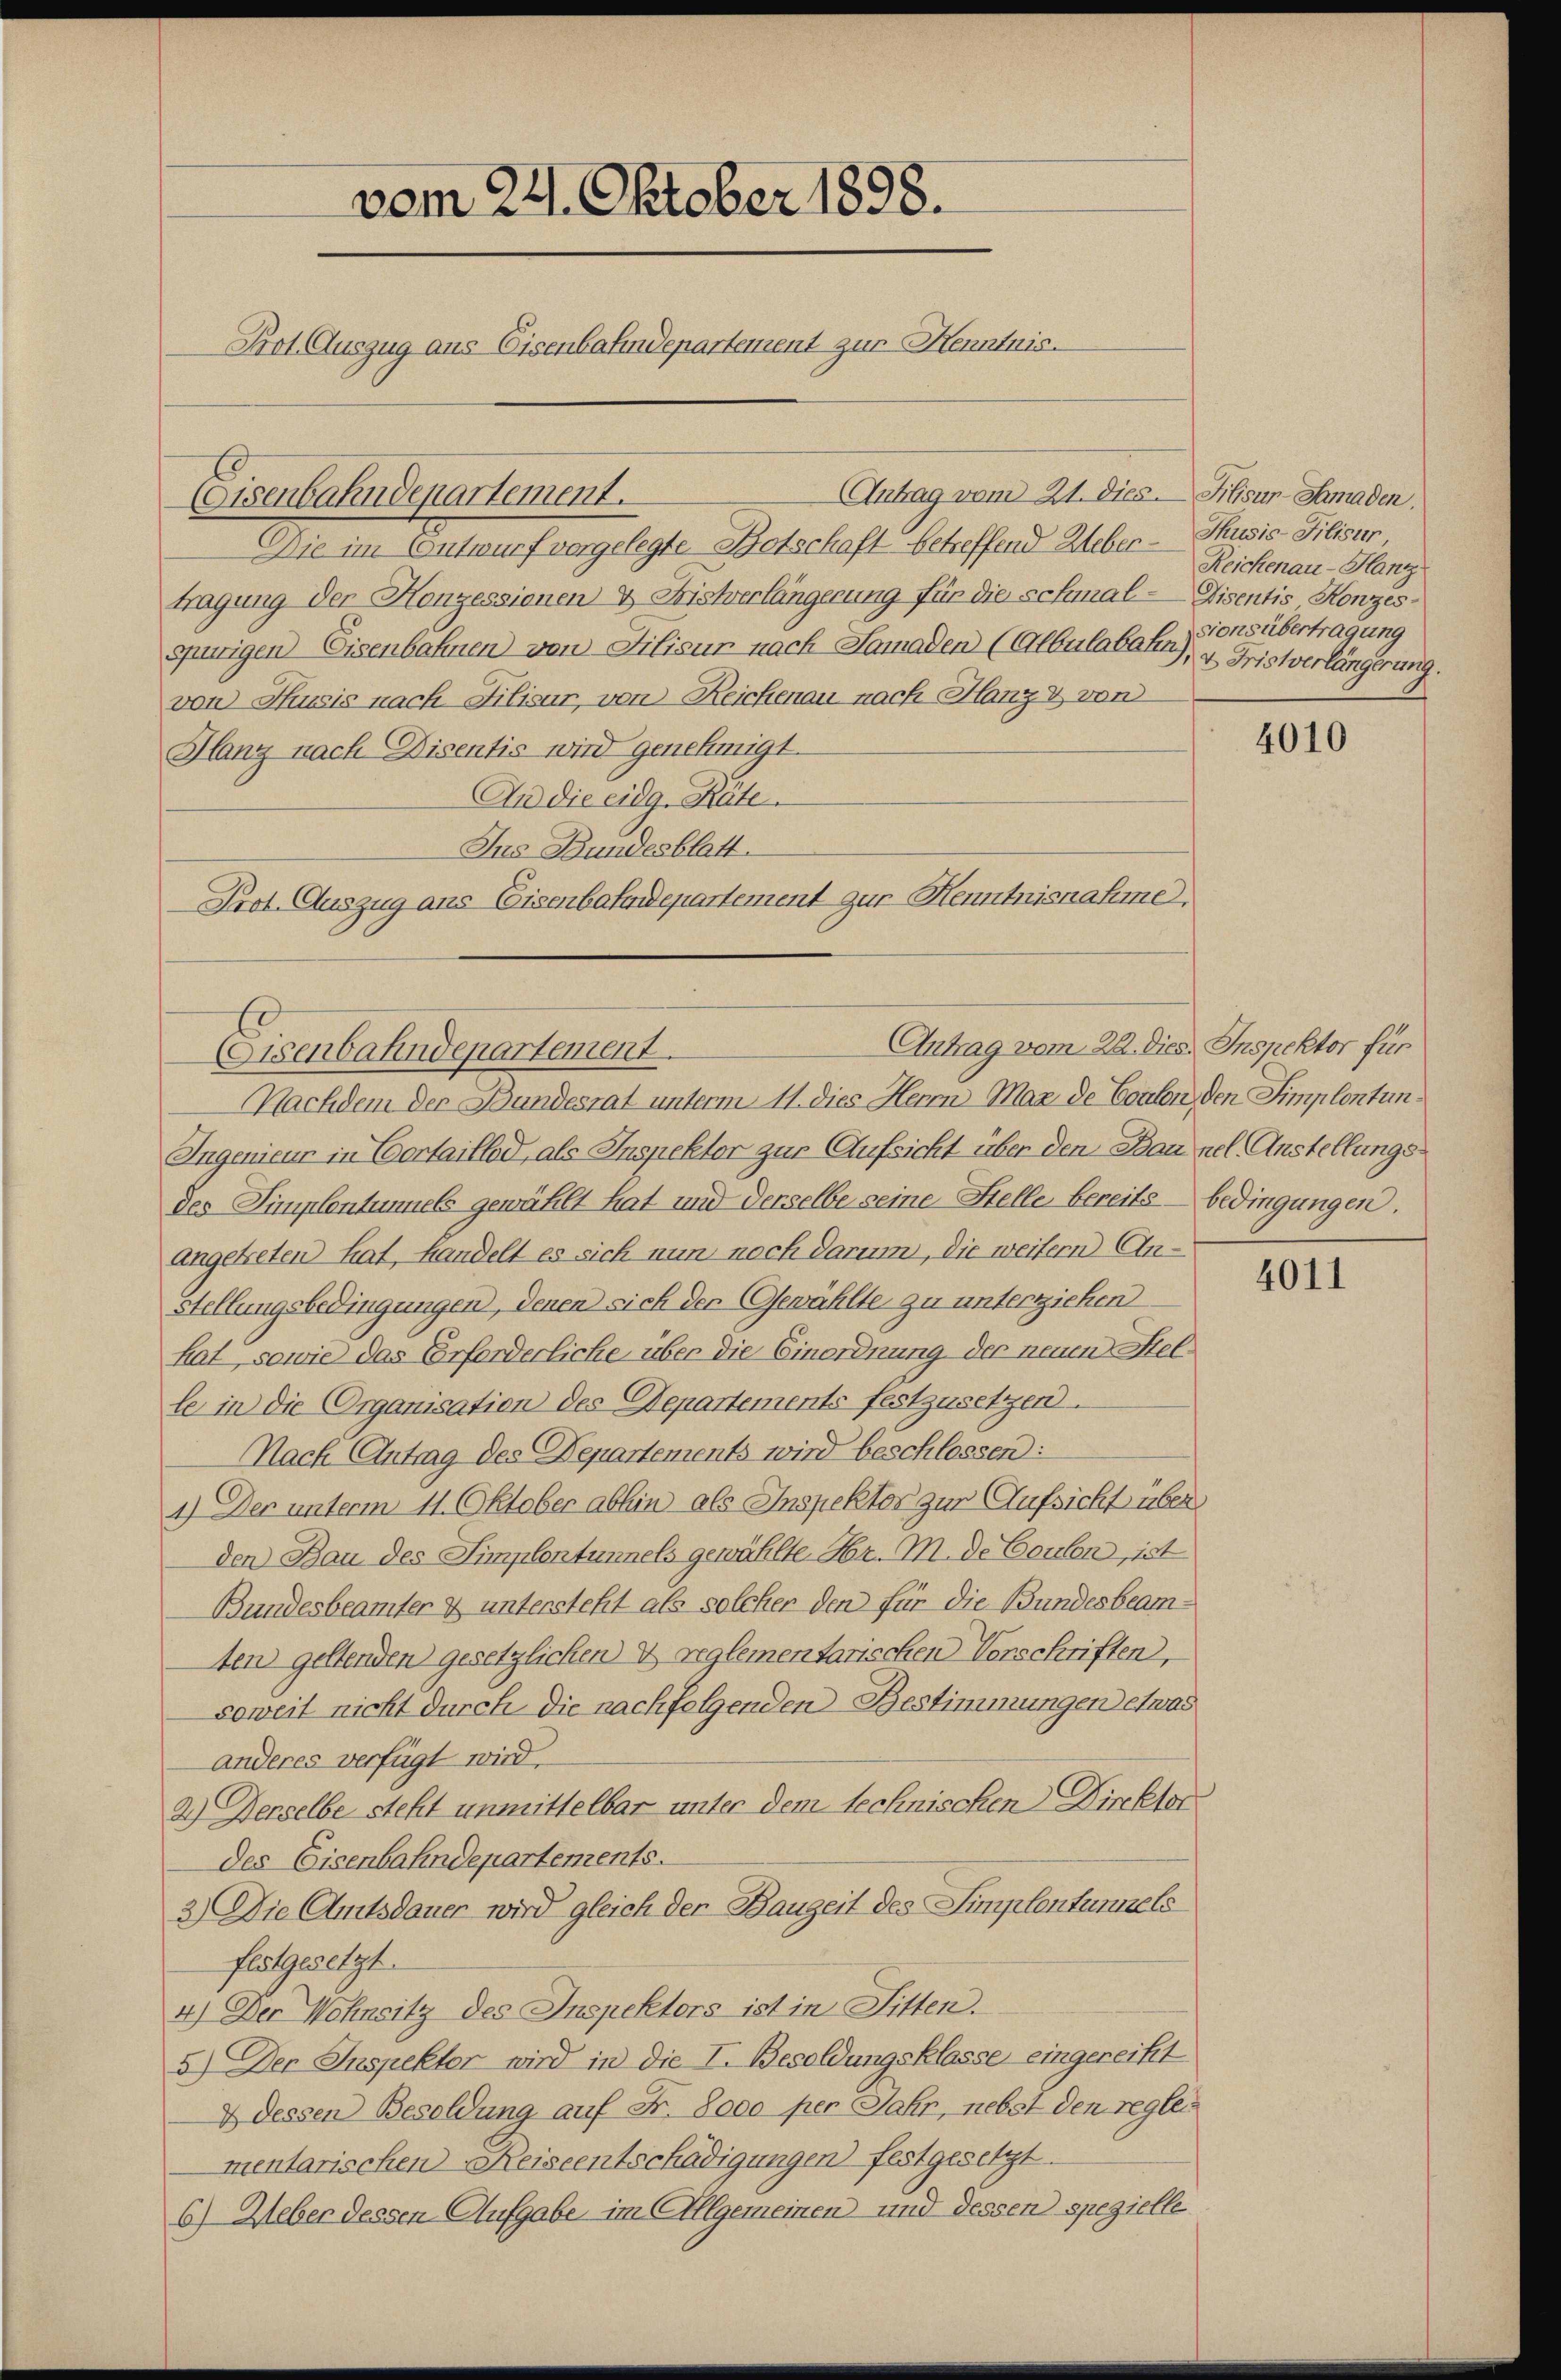
vom 24. Oktober 1898.
Prot. Auszug aus Eisenbahndepartement zur Kenntnis.

Antrag vom 21. dies Filisur-Samaden.
Eisenbahndepartement.
Die im Entwurf vorgelegte Botschaft betreffend Weber - Thusis-Filisir
tragung der Konzessionen & Fristverlängerung für die schmal-Disentis Konzesspurigen Eisenbahnen von Lilisur nach Samaden (Albulabahn, & Fristverlängerung.
von Thusis nach Filisur, von Reichenau nach Hang & von
Hlanz nach Disentis wird genehmigt.
An die eidg. Räte.
Ins Bundesblatt.
Prot. Auszug aus Eisenbahndepartement zur Henntnisnahme.

Antrag vom 22. dies Inspektor für
Eisenbahndepartement.

Reichenau-Hanz
sionsübertragung

Nachdem der Bandesrat unterm 11. dies Herrn Max de Conten den Simplontun¬
Ingenieur in Cortaillod, als Inspektor zur Aufsicht über den Bau nel. Anstellungsdes Simplentunnels gewählt hat und derselbe seine Stelle bereits bedingungen.
angekreten hat, handelt es sich nun noch darum, die weitern An¬
Stellungsbedingungen, denen sich der Gewählte zu unterziehen
hat, sowie das Erforderliche über die Einordnung der neuen Stelle in die Organisation des Departements festzusetzen.
Nach Antrag des Departements wird beschlossen:
4.) Der unterm 11. Oktober abhin als Inspektor zur Aufsicht über
den Bau des Simplentunnels gewählte Hr. M. de Coulen, ist
Bundesbeamter & untersteht als solcher den für die Bundesbeamten geltenden gesetzlichen & reglementarischen Vorschriften,
soweit nicht durch die nachfolgenden Bestimmungen etwas
anderes verfügt wird.
2.) Derselbe steht unmittelbar unter dem technischen Direktor
des Eisenbahndepartements.
3.) Die Amtsdauer wird gleich der Bauzeit des Simplentunnels
festgesetzt.
4) Der Wohnsitz des Inspektors ist in Sitten.
5.) Der Inspektor wird in die I. Besoldungsklasse eingereitet
2 dessen Besoldung auf Fr. 8000 per Jahr, nebst den reglei
mentarischen Reiseentschädigungen festgesetzt.
6) Ueber dessen Aufgabe im Allgemeinen und dessen spezielle

4010

4011